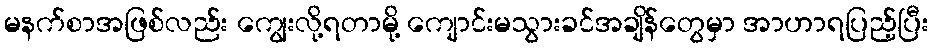
မနက်စာအဖြစ်လည်း ကျွေးလို့ရတာမို့ ကျောင်းမသွားခင်အချိန်တွေမှာ အာဟာရပြည့်ပြီး